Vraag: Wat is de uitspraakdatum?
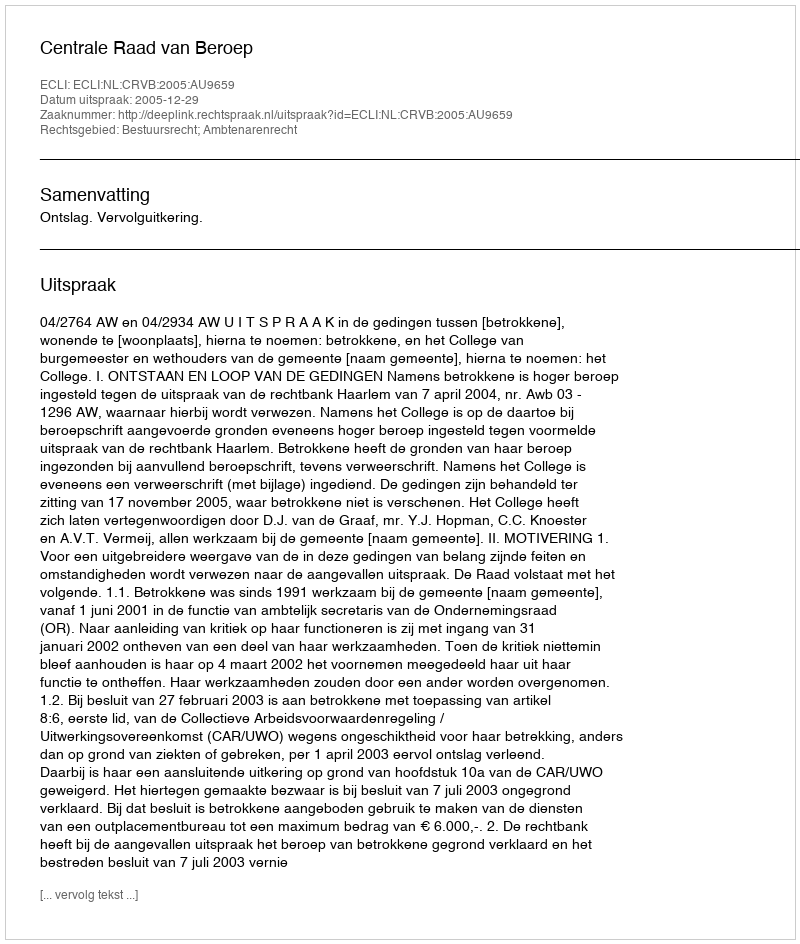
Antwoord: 2005-12-29